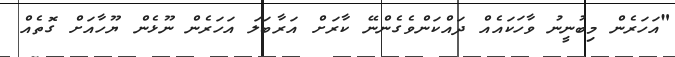
"އަހަރެން މިބުނީނު ވާހަކައެއް ދައްކަންވެގެންނޭ ކާރަށް އަރާބަލަ އަހަރެން ނޫޅެން ޔޫހާއަށް ގޮތެއް